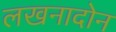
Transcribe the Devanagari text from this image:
लखनादोन